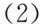
（2）